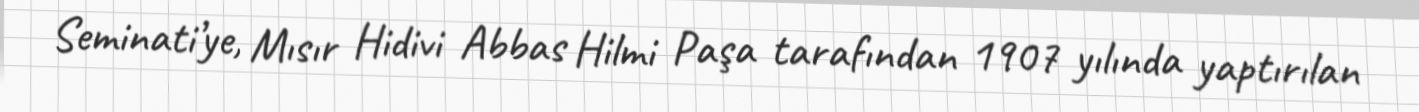
Seminati’ye, Mısır Hidivi Abbas Hilmi Paşa tarafından 1907 yılında yaptırılan